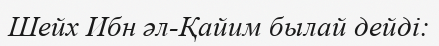
Шейх Ибн әл-Қайим былай дейді: